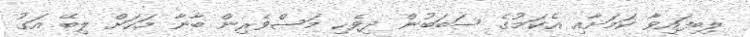
ލިބިފައިވާ ކަމަށާއި އެކަމުގެ ސަބަބުން ދިވެހި މަސްވެރިން ބާނާ މަހަށް ލިބޭ އަގު